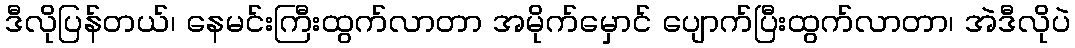
ဒီလိုပြန်တယ်၊ နေမင်းကြီးထွက်လာတာ အမိုက်မှောင် ပျောက်ပြီးထွက်လာတာ၊ အဲဒီလိုပဲ